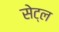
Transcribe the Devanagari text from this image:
सेट्ल